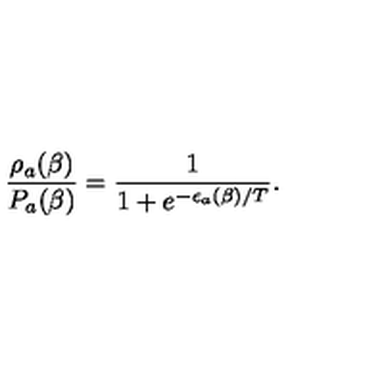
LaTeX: \frac { \rho _ { a } ( \beta ) } { P _ { a } ( \beta ) } = \frac { 1 } { 1 + e ^ { - \epsilon _ { a } ( \beta ) / T } } .